Scientific memoirs by medical officers of the Army of India - Part IV,
Year: 1889
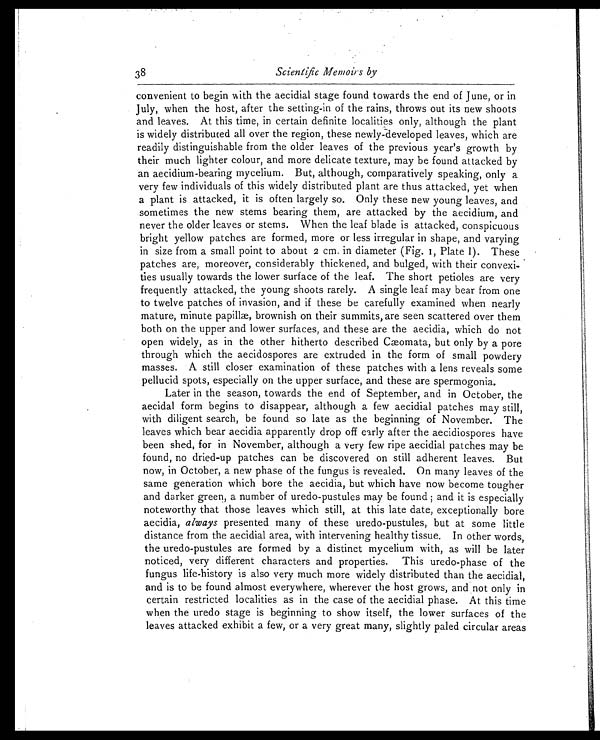
38
Scientific Memoirs by
convenient to begin with the aecidial stage found towards the end of June, or in
July, when the host, after the setting-in of the rains, throws out its new shoots
and leaves. At this time, in certain definite localities only, although the plant
is widely distributed all over the region, these newly-developed leaves, which are
readily distinguishable from the older leaves of the previous year's growth by
their much lighter colour, and more delicate texture, may be found attacked by
an aecidium-bearing mycelium. But, although, comparatively speaking, only a
very few individuals of this widely distributed plant are thus attacked, yet when
a plant is attacked, it is often largely so. Only these new young leaves, and
sometimes the new stems bearing them, are attacked by the aecidium, and
never the older leaves or stems. When the leaf blade is attacked, conspicuous
bright yellow patches are formed, more or less irregular in shape, and varying
in size from a small point to about 2 cm. in diameter (Fig. 1, Plate 1). These
patches are, moreover, considerably thickened, and bulged, with their convexi
-ties usually towards the lower surface of the leaf. The short petioles are very
frequently attacked, the young shoots rarely. A single leaf may bear from one
to twelve patches of invasion, and if these be carefully examined when nearly
mature, minute papillæ, brownish on their summits, are seen scattered over them
both on the upper and lower surfaces, and these are the aecidia, which do not
open widely, as in the other hitherto described Cæomata, but only by a pore
through which the aecidospores are extruded in the form of small powdery
masses. A still closer examination of these patches with a lens reveals some
pellucid spots, especially on the upper surface, and these are spermogonia.
Later in the season, towards the end of September, and in October, the
aecidal form begins to disappear, although a few aecidial patches may still,
with diligent search, be found so late as the beginning of November. The
leaves which bear aecidia apparently drop off early after the aecidiospores have
been shed, for in November, although a very few ripe aecidial patches may be
found, no dried-up patches can be discovered on still adherent leaves. But
now, in October, a new phase of the fungus is revealed. On many leaves of the
same generation which bore the aecidia, but which have now become tougher
and darker green, a number of uredo-pustules may be found; and it is especially
noteworthy that those leaves which still, at this late date, exceptionally bore
aecidia, always presented many of these uredo-pustules, but at some little
distance from the aecidial area, with intervening healthy tissue. In other words,
the uredo-pustules are formed by a distinct mycelium with, as will be later
noticed, very different characters and properties. This uredo-phase of the
fungus life-history is also very much more widely distributed than the aecidial,
and is to be found almost everywhere, wherever the host grows, and not only in
certain restricted localities as in the case of the aecidial phase. At this time
when the uredo stage is beginning to show itself, the lower surfaces of the
leaves attacked exhibit a few, or a very great many, slightly paled circular area
s